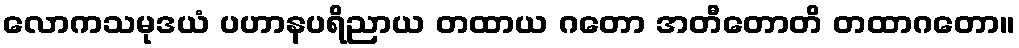
လောကသမုဒယံ ပဟာနပရိညာယ တထာယ ဂတော အတီတောတိ တထာဂတော။